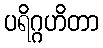
ပရိဂ္ဂဟိတာ